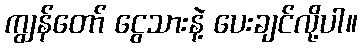
ကျွန်တော် ငွေသားနဲ့ ပေးချင်လို့ပါ။